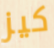
كيز